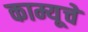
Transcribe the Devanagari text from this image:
काम्यूचे